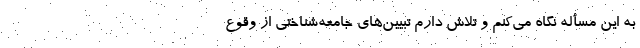
به این مسأله نگاه می‌کنم و تلاش دارم تبیین‌های جامعه‌شناختی از وقوع